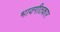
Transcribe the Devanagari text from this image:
भावगीतकार